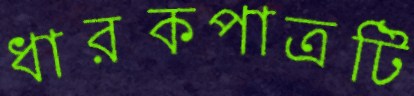
ধারকপাত্রটি